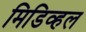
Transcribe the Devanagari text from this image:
मिडिव्हल